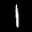
Label: 1